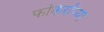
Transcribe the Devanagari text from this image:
फकिरांच्या